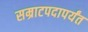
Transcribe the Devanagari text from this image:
सम्राटपदापर्यंत